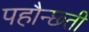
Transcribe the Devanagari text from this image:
पहौन्छ्ती